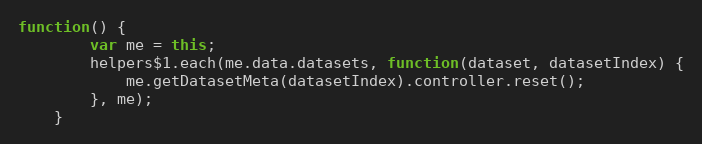
Language: JavaScript
function() {
		var me = this;
		helpers$1.each(me.data.datasets, function(dataset, datasetIndex) {
			me.getDatasetMeta(datasetIndex).controller.reset();
		}, me);
	}